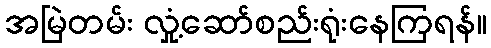
အမြဲတမ်း လှုံ့ဆော်စည်းရုံးနေကြရန်။